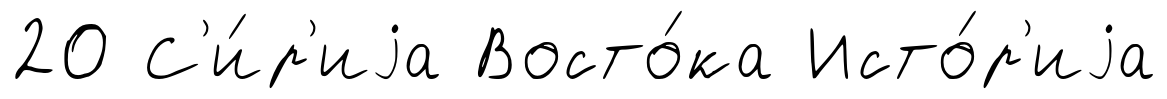
20 С'и́р'иjа Восто́ка Исто́р'иjа